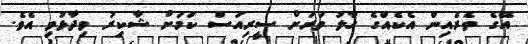
އޭގެ ތެރެއިން އެކެއްގެ ހާލު ވަރަށް ސީރިއަސް ކަމަށް ޝާކިރު ވިދާޅުވި އެވެ.